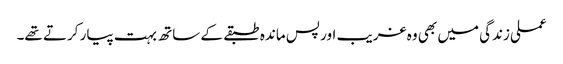
عملی زندگی میں بھی وہ غریب اور پس ماندہ طبقے کے ساتھ بہت پیار کرتے تھے۔